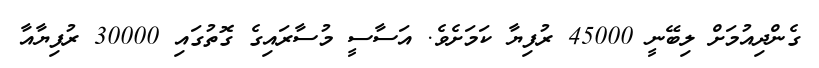
ގެންދިއުމަށް ލިބޭނީ 45000 ރުފިޔާ ކަމަށެވެ. އަސާސީ މުސާރައިގެ ގޮތުގައި 30000 ރުފިޔާއާ